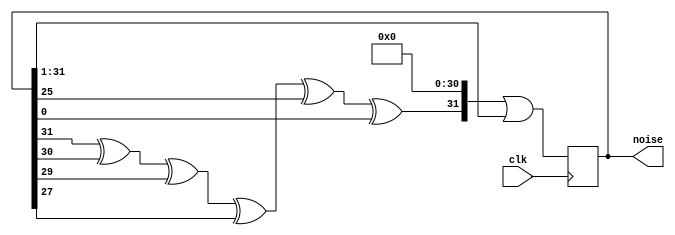
module noiseGenerator(
 	input clk,
	output reg [31:0] noise
);
	initial noise = 32'd1;
	always @(posedge clk)
			noise <= ((((noise >> 31) ^ (noise >> 30) ^ (noise >> 29) ^ (noise >> 27) ^ (noise >> 25) ^ noise ) & 32'd1 ) << 31 ) | (noise >> 1);

endmodule